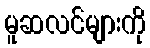
မူဆလင်များကို